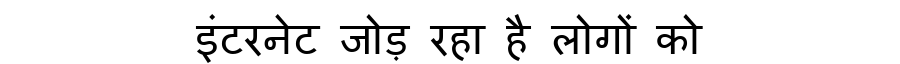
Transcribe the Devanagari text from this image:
इंटरनेट जोड़ रहा है लोगों को